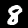
Label: 8